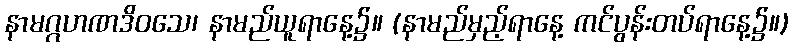
နာမဂ္ဂဟဏဒိဝသေ၊ နာမည်ယူရာနေ့၌။ (နာမည်မှည့်ရာနေ့ ကင်ပွန်းတပ်ရာနေ့၌။)